Indian journal of veterinary science and animal husbandry - Volumes 15-17, 1948-1951
Year: 1948
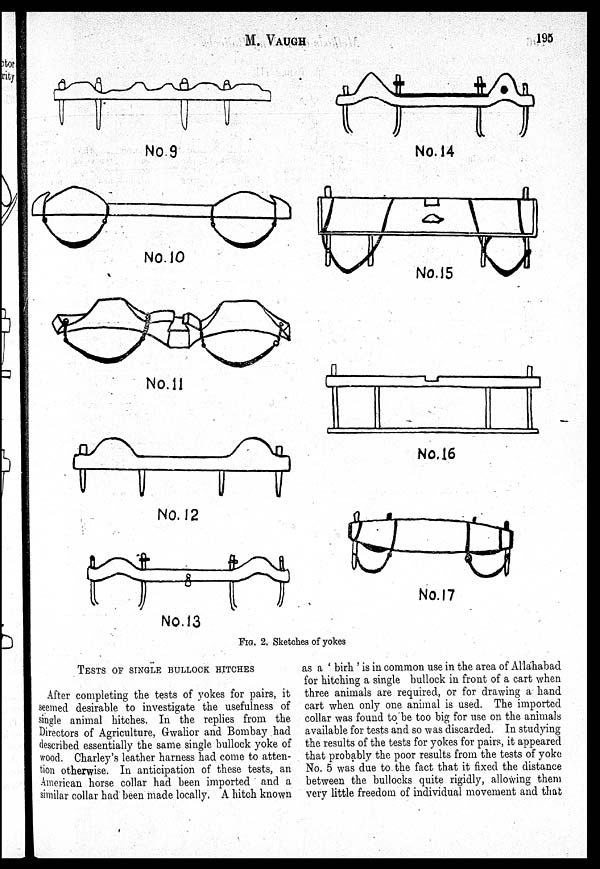
M.
VAUGH
195
FIG. 2. Sketches of yokes
TESTS OF SINGLE BULLOCK HITCHES
After completing the tests of yokes for pairs, it
seemed desirable to investigate the usefulness of
single animal hitches. In the replies from the
Directors of Agriculture, Gwalior and Bombay had
described essentially the same single bullock yoke of
wood. Charley's leather harness had come to atten-
tion otherwise. In anticipation of these tests, an
American horse collar had been imported and a
similar collar had been made locally. A hitch known
as a 'birh' is in common use in the area of Allahabad
for hitching a single bullock in front of a cart when
three animals are required, or for drawing a hand
cart when only one animal is used. The imported
collar was found to be too big for use on the animals
available for tests and so was discarded. In studying
the results of the tests for yokes for pairs, it appeared
that probably the poor results from the tests of yoke
No. 5 was due to the fact that it fixed the distance
between the bullocks quite rigidly, allowing them
very little freedom of individual movement and that